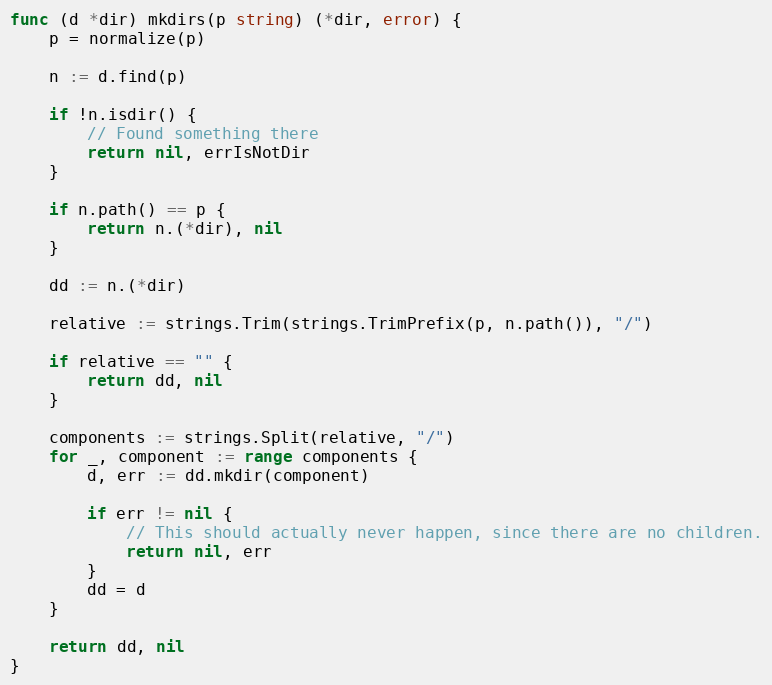
Language: Go
func (d *dir) mkdirs(p string) (*dir, error) {
	p = normalize(p)

	n := d.find(p)

	if !n.isdir() {
		// Found something there
		return nil, errIsNotDir
	}

	if n.path() == p {
		return n.(*dir), nil
	}

	dd := n.(*dir)

	relative := strings.Trim(strings.TrimPrefix(p, n.path()), "/")

	if relative == "" {
		return dd, nil
	}

	components := strings.Split(relative, "/")
	for _, component := range components {
		d, err := dd.mkdir(component)

		if err != nil {
			// This should actually never happen, since there are no children.
			return nil, err
		}
		dd = d
	}

	return dd, nil
}